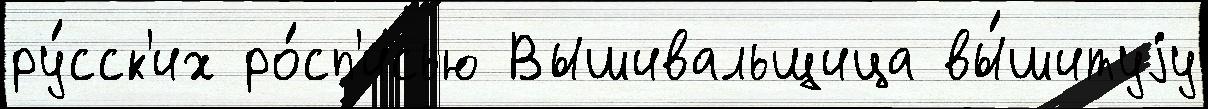
ру́сск'их ро́сп'исью Вышивальщица вы́шитуjу